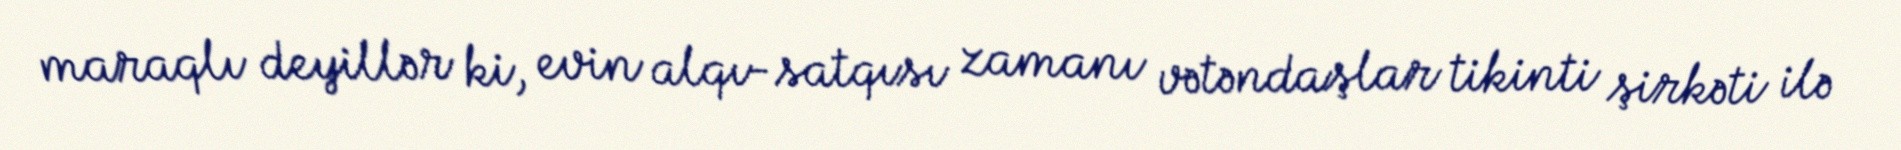
maraqlı deyillər ki, evin alqı-satqısı zamanı vətəndaşlar tikinti şirkəti ilə